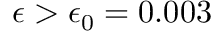
\epsilon > \epsilon _ { 0 } = 0 . 0 0 3